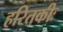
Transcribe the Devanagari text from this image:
हरितकीः